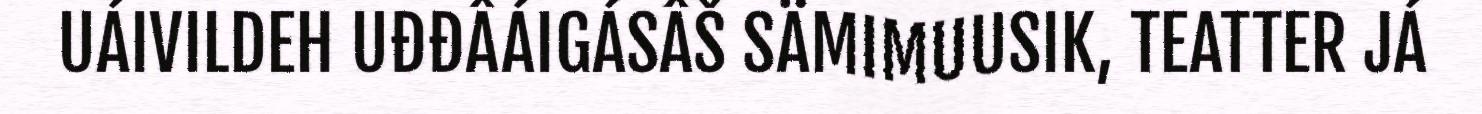
UÁIVILDEH UĐĐÂÁIGÁSÂŠ SÄMIMUUSIK, TEATTER JÁ